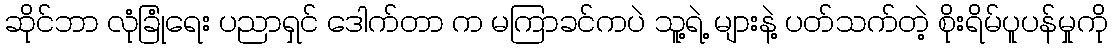
ဆိုင်ဘာ လုံခြုံရေး ပညာရှင် ဒေါက်တာ က မကြာခင်ကပဲ သူ့ရဲ့ များနဲ့ ပတ်သက်တဲ့ စိုးရိမ်ပူပန်မှုကို